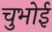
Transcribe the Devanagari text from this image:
चुभोई